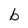
Character: b